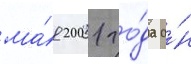
ма́я 2001 го́да о́н